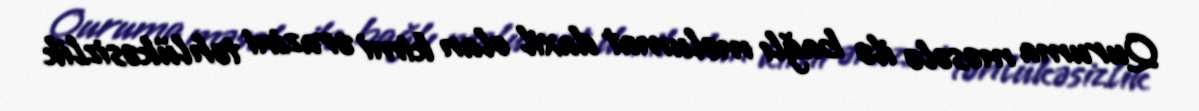
Quruma məsələ ilə bağlı məlumat daxil olan kimi ərazini təhlükəsizlik